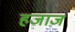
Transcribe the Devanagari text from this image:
हजाज